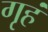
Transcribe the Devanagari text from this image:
गृहं